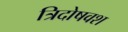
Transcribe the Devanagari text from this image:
त्रिदोषवश